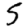
Digit: 5